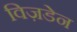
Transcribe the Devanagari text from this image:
विज़डेन